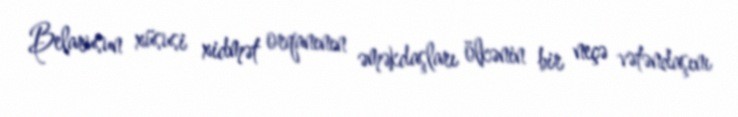
Belarusun xüsusi xidmət orqanının əməkdaşları ölkənin bir neçə vətəndaşını